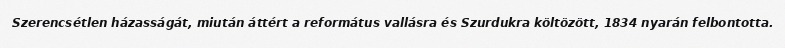
Szerencsétlen házasságát, miután áttért a református vallásra és Szurdukra költözött, 1834 nyarán felbontotta.